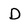
Character: D